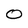
Character: 0